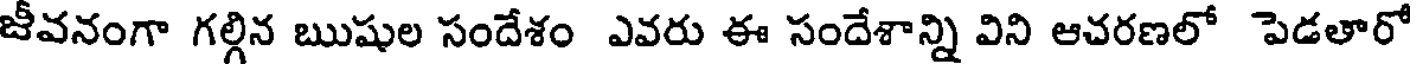
జీవనంగా గల్గిన ఋషుల సందేశం ఎవరు ఈ సందేశాన్ని విని ఆచరణలో పెడతారో